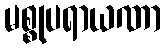
မစ္စုပရာယဏာ